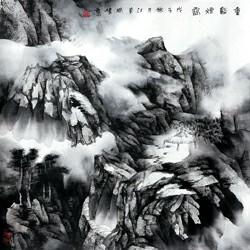
一去隔绝国，思归但长嗟。